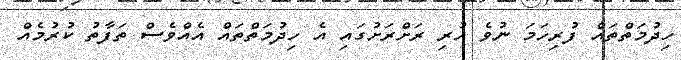
ހިދުމަތްތައް ފުރިހަމަ ނުވެ ހުރި ރަށްރަށުގައި އެ ހިދުމަތްތައް އެއްވެސް ތަފާތު ކުރުމެއް